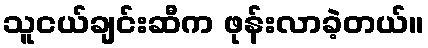
သူငယ်ချင်းဆီက ဖုန်းလာခဲ့တယ်။